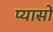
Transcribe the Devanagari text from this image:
प्यासों